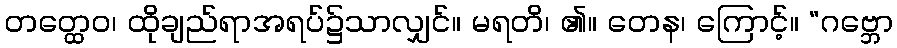
တတ္ထေဝ၊ ထိုချည်ရာအရပ်၌သာလျှင်။ မရတိ၊ ၏။ တေန၊ ကြောင့်။ “ဂဗ္ဘော